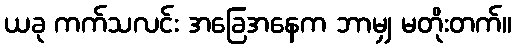
ယခု ကက်သလင်း အခြေအနေက ဘာမျှ မတိုးတက်။